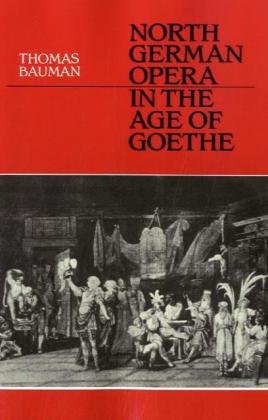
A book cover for North German Opera in the Age of Goethe; Thomas Bauman; Humor & Entertainment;